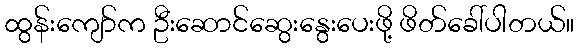
ထွန်းကျော်က ဦးဆောင်ဆွေးနွေးပေးဖို့ ဖိတ်ခေါ်ပါတယ်။